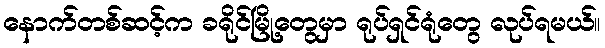
နောက်တစ်ဆင့်က ခရိုင်မြို့တွေမှာ ရုပ်ရှင်ရုံတွေ လုပ်ရမယ်။